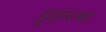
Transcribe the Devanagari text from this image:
ग्रृहस्थ